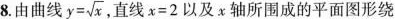
8.由曲线$$y= \sqrt{x}$$，直线$$x=2$$以及x轴所围成的平面图形绕